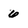
Character: 6